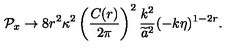
{ \cal P } _ { x } \to 8 r ^ { 2 } \kappa ^ { 2 } \left( { \frac { C ( r ) } { 2 \pi } } \right) ^ { 2 } { \frac { k ^ { 2 } } { \widetilde { a } ^ { 2 } } } ( - k \eta ) ^ { 1 - 2 r } .